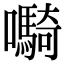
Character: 𫬷